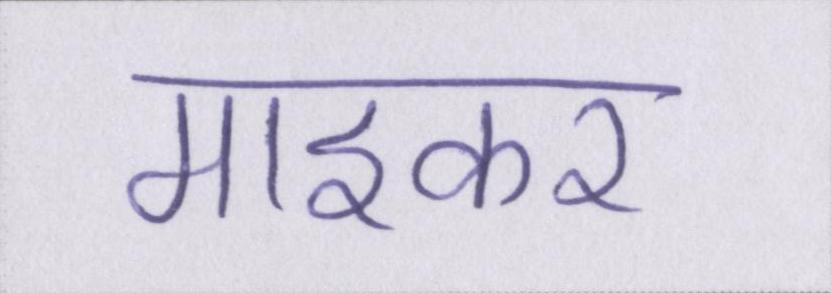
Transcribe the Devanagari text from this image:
माइकर